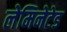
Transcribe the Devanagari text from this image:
लेमिनेटेड